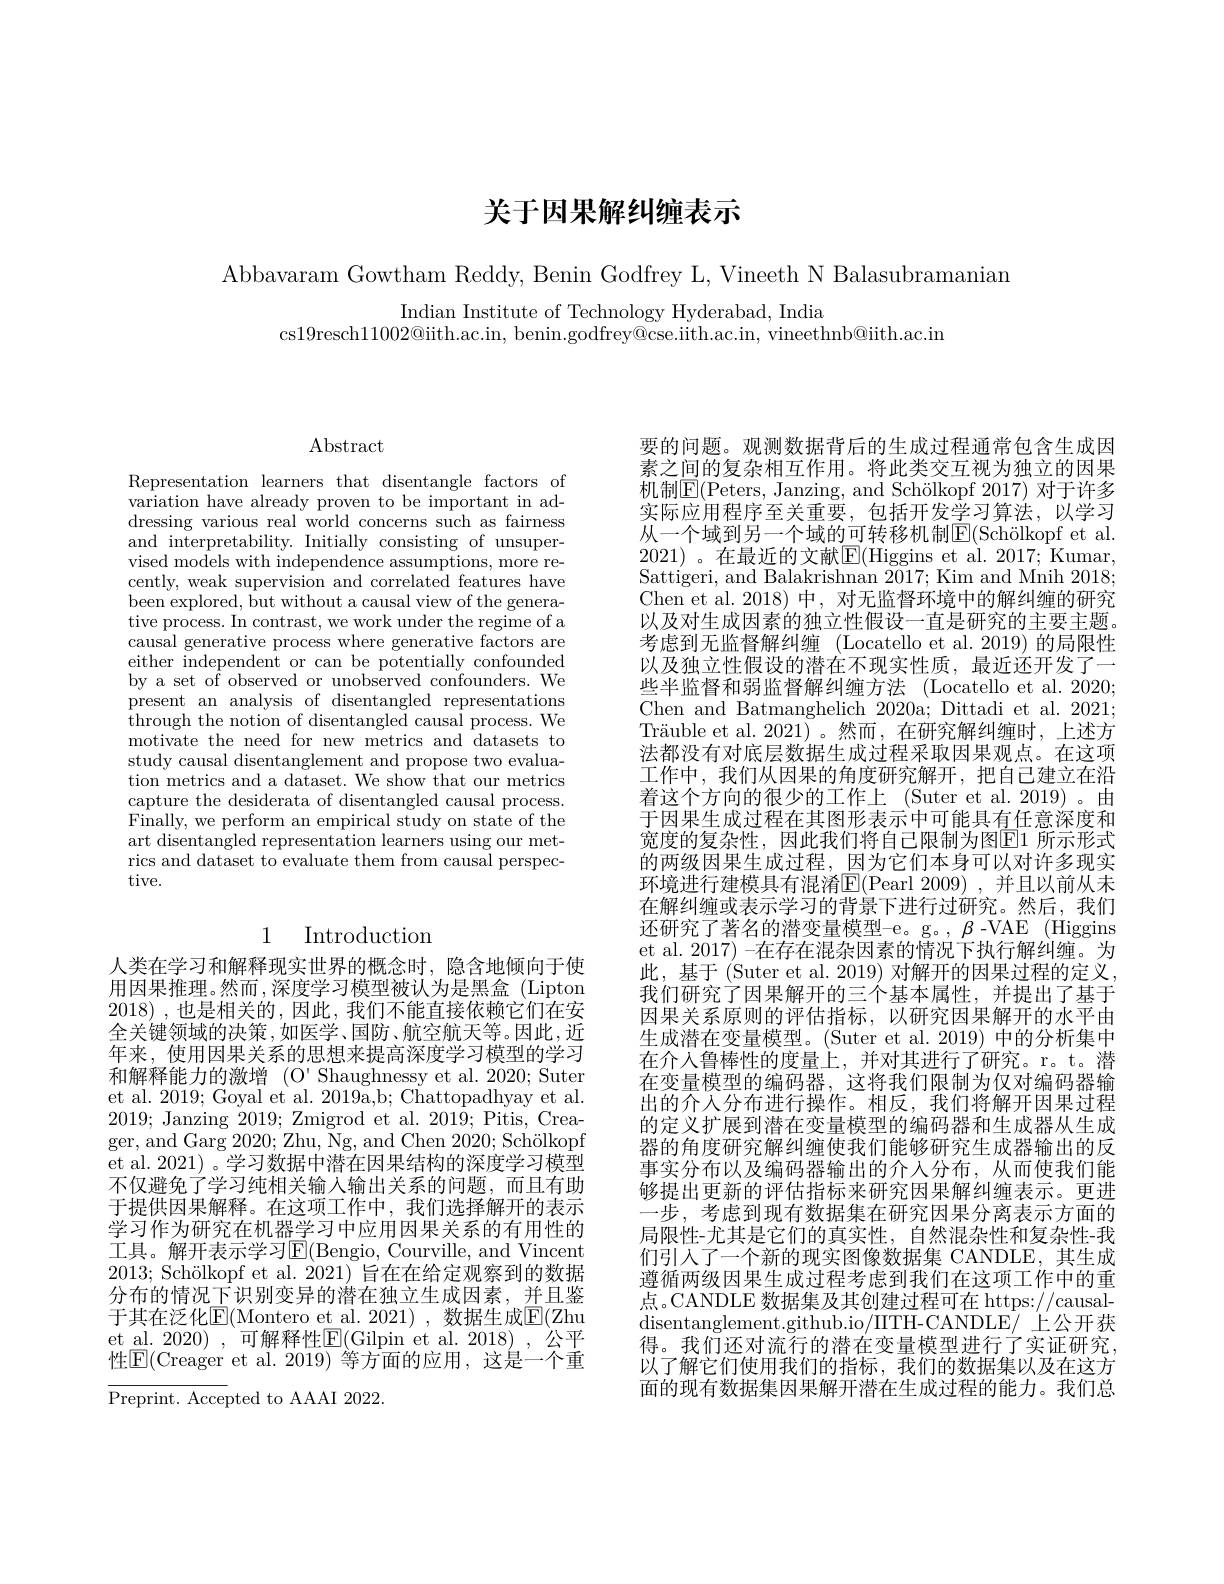
# 关于因果解纠缠表示

Abbavaram Gowtham Reddy, Benin Godfrey L, Vineeth N Balasubramanian

Indian Institute of Technology Hyderabad, India
cs19resch11002@iith.ac.in, benin.godfrey@cse.iith.ac.in, vineethnb@ith.ac.in

$\operatorname{Abstract}$

Representation learners that disentangle factors of variation have already proven to be important in addressing various real world concerns such as fairness and interpretability. Initially consisting of unsupervised models with independence assumptions, more recently, weak supervision and correlated features have been explored, but without a causal view of the generative process. In contrast, we work under the regime of a causal generative process where generative factors are either independent or can be potentially confounded by a set of observed or unobserved confounders. We present an analysis of disentangled representations through the notion of disentangled causal process. We motivate the need for new metrics and datasets to study causal disentanglement and propose two evaluation metrics and a dataset. We show that our metrics capture the desiderata of disentangled causal process. $\hat{\text{Finally, we perform an empirical study on state of the}}$ art disentangled representation learners using our metrics and dataset to evaluate them from causal perspective.

# 1 Introduction

人类在学习和解释现实世界的概念时，隐含地倾向于使用因果推理。然而，深度学习模型被认为是黑盒(Lipton 2018) , 也是相关的，因此，我们不能直接依赖它们在安全关键领域的决策，如医学、国防、航空航天等。因此，近年来，使用因果关系的思想来提高深度学习模型的学习和解释能力的激增(O'Shaughnessy et al. 2020; Suter et al. 2019; Goyal et al. 2019a,b; Chattopadhyay et al. 2019; Janzing 2019; Zmigrod et al. 2019; Pitis, Creager, and Garg 2020; Zhu, Ng, and Chen 2020; Schölkopf et al. 2021) 。学习数据中潜在因果结构的深度学习模型不仅避免了学习纯相关输入输出关系的问题，而且有助于提供因果解释。在这项工作中，我们选择解开的表示学习作为研究在机器学习中应用因果关系的有用性的工具。解开表示学习$\operatorname{E}($Bengio, Courville, and Vincent $2013; \text{ Sch\" {o}lkopfetal. 2021) 旨 在 在 给 定 观 察 到 的 数 据 }$ 分布的情况下识别变异的潜在独立生成因素，并且鉴于其在泛化$\underline{\mathrm{E}}($Montero et al. 2021),数据生成$\underline{\mathrm{E}}($Zhu et al. 2020) , 可解释性$\overline{\mathrm{E}}($Gilpin et al. 2018) , 公平性$\boxed{\mathrm{E}}($Creager et al.2019)等方面的应用，这是一个重

Preprint. Accepted to AAAI 2022.

要的问题。观测数据背后的生成过程通常包含生成因素之间的复杂相互作用。将此类交互视为独立的因果机制$\boxed{\mathrm{E}}($Peters, Janzing, and Schölkopf 2017) 对于许多实际应用程序至关重要，包括开发学习算法，以学习从一个域到另一个域的可转移机制$\boxed{\mathrm{E}}($Schölkopf et al. 2021) 。在最近的文献$\boxed{\mathrm{F}}($Higgins et al. 2017; Kumar, Sattigeri, and Balakrishnan 2017; Kim and Mnih 2018; Chen et al. 2018) 中，对无监督环境中的解纠缠的研究以及对生成因素的独立性假设一直是研究的主要主题。考虑到无监督解纠缠 (Locatello et al.2019) 的局限性以及独立性假设的潜在不现实性质，最近还开发了一些半监督和弱监督解纠缠方法 (Locatello et al. 2020; Chen and Batmanghelich 2020a; Dittadi et al. 2021; Träuble et al. 2021)。然而，在研究解纠缠时，上述方法都没有对底层数据生成过程采取因果观点。在这项工作中，我们从因果的角度研究解开，把自己建立在沿着这个方向的很少的工作上 (Suter et al. 2019) 。由于因果生成过程在其图形表示中可能具有任意深度和宽度的复杂性，因此我们将自己限制为图$\mathbb{E}$1 所示形式的两级因果生成过程，因为它们本身可以对许多现实环境进行建模具有混淆E(Pearl 2009),并且以前从未在解纠缠或表示学习的背景下进行过研究。然后，我们还研究了著名的潜变量模型-e。g。, $\beta$ -VAE (Higgins et al. 2017) -在存在混杂因素的情况下执行解纠缠。为此，基于 (Suter et al. 2019) 对解开的因果过程的定义， 我们研究了因果解开的三个基本属性，并提出了基于因果关系原则的评估指标，以研究因果解开的水平由生成潜在变量模型。(Suter et al. 2019) 中的分析集中在介人鲁棒性的度量上，并对其进行了研究。r。t。潜在变量模型的编码器，这将我们限制为仅对编码器输出的介人分布进行操作。相反，我们将解开因果过程的定义扩展到潜在变量模型的编码器和生成器从生成器的角度研究解纠缠使我们能够研究生成器输出的反事实分布以及编码器输出的介人分布，从而使我们能够提出更新的评估指标来研究因果解纠缠表示。更进一步，考虑到现有数据集在研究因果分离表示方面的局限性-尤其是它们的真实性，自然混杂性和复杂性-我们引人了一个新的现实图像数据集 CANDLE,其生成遵循两级因果生成过程考虑到我们在这项工作中的重点。CANDLE 数据集及其创建过程可在 https://causaldisentanglement. github. io/ IITH- CANDLE/ 上公开获得。我们还对流行的潜在变量模型进行了实证研究， 以了解它们使用我们的指标，我们的数据集以及在这方面的现有数据集因果解开潜在生成过程的能力。我们总